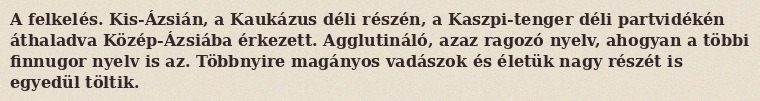
A felkelés. Kis-Ázsián, a Kaukázus déli részén, a Kaszpi-tenger déli partvidékén áthaladva Közép-Ázsiába érkezett. Agglutináló, azaz ragozó nyelv, ahogyan a többi finnugor nyelv is az. Többnyire magányos vadászok és életük nagy részét is egyedül töltik.